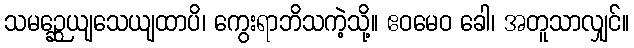
သမဉ္ဆေယျသေယျထာပိ၊ ကွေးရာဘိသကဲ့သို့။ ဧဝမေဝ ခေါ၊ အတူသာလျှင်။